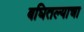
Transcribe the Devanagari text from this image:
बघितल्याचा